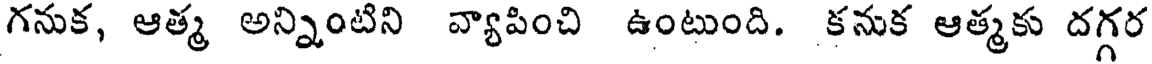
గనుక, ఆత్మ అన్నింటిని వ్యాపించి ఉంటుంది. కనుక ఆత్మకు దగ్గర